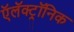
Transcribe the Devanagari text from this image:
ऍलॅक्ट्रॉनिक